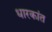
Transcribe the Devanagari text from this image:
धारकांत